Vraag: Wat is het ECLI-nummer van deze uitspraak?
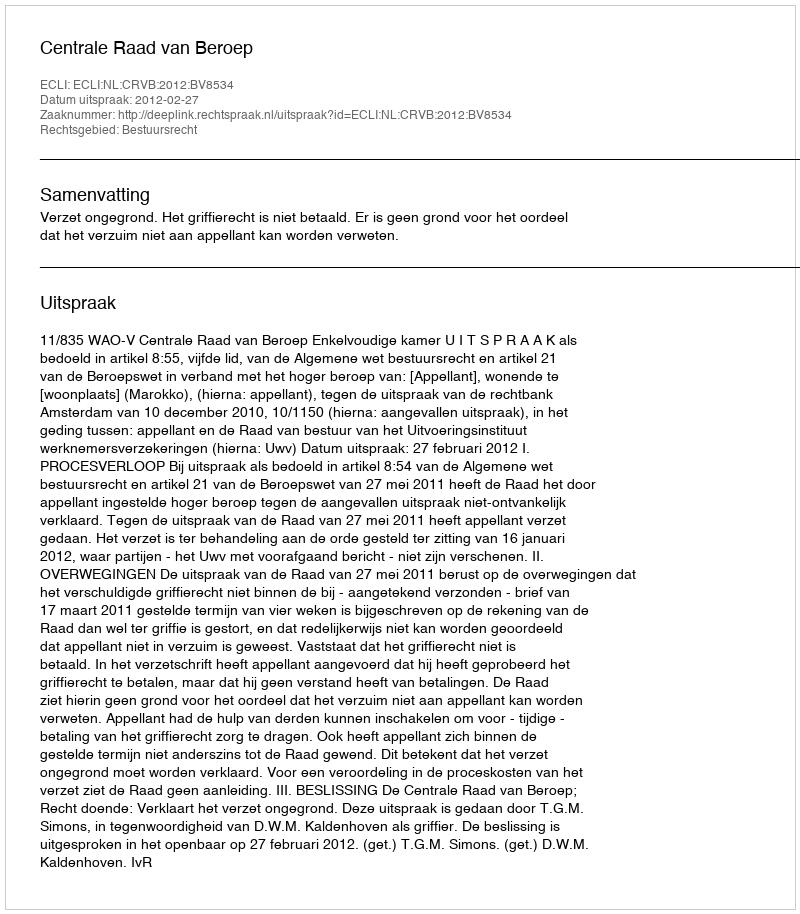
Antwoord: ECLI:NL:CRVB:2012:BV8534